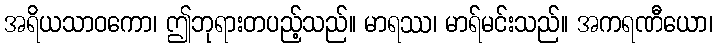
အရိယသာဝကော၊ ဤဘုရားတပည့်သည်။ မာရဿ၊ မာရ်မင်းသည်။ အကရဏီယော၊